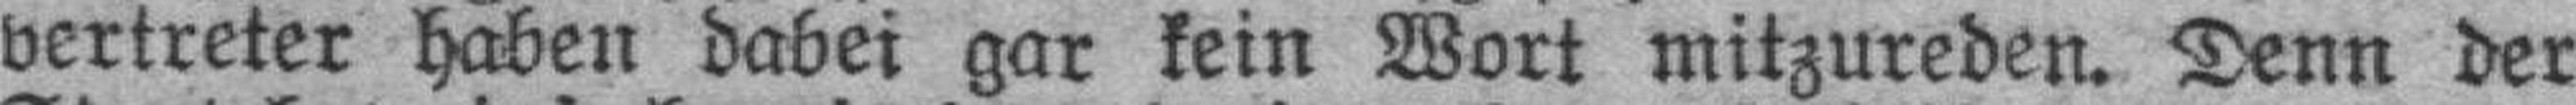
vertreter haben dabei gar kein Wort mitzureden. Denn der